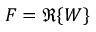
F = \Re \{ W \}